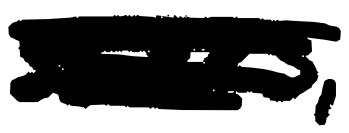
Text: States,
Cross-out: scratch
Writing tool: digital_black